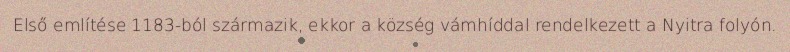
Első említése 1183-ból származik, ekkor a község vámhíddal rendelkezett a Nyitra folyón.